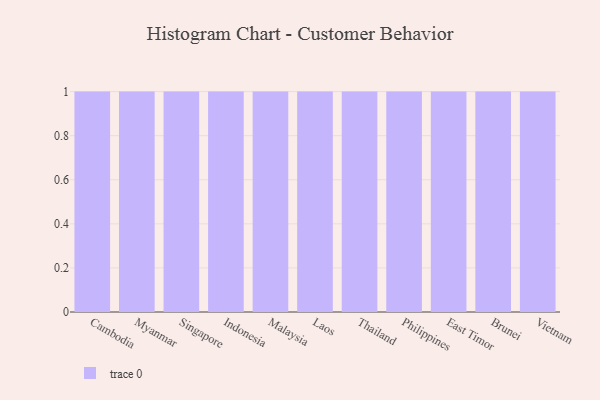
{"axis": {"x": "Country", "y": "Production Output"}, "legend": [""], "data": [{"x": "Cambodia", "y": 69, "type": ""}, {"x": "Myanmar", "y": 95, "type": ""}, {"x": "Singapore", "y": 55, "type": ""}, {"x": "Indonesia", "y": 15, "type": ""}, {"x": "Malaysia", "y": 24, "type": ""}, {"x": "Laos", "y": 75, "type": ""}, {"x": "Thailand", "y": 49, "type": ""}, {"x": "Philippines", "y": 25, "type": ""}, {"x": "East Timor", "y": 57, "type": ""}, {"x": "Brunei", "y": 30, "type": ""}, {"x": "Vietnam", "y": 48, "type": ""}]}